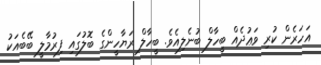
އަހަރެން ކުރި ވަޢުދެއް ބީހާލް ބުނެލިއެވެ. ބީހާލް ރަޔާހީންގެ ބޮލުގައި ފިރުމާލީ ބޭބެއަކު